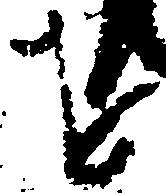
を